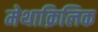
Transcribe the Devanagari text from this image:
मेथाक्रिलिक